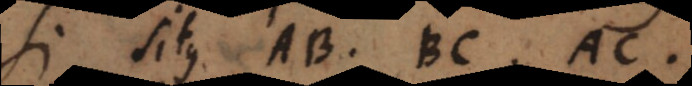
Si situs AB, BC, AC,